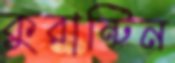
কুরান্টিন